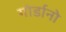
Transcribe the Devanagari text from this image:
गोर्डानो